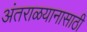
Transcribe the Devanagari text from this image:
अंतराळयानासाठी